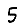
Digit: 5